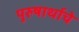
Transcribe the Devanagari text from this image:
पुरुषार्थाचे